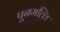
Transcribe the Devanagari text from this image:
पूनमल्लि